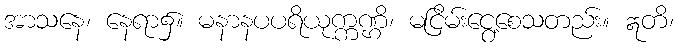
အာသနေ၊ နေရာ၌။ မနာနပပရိယုက္ကဏ္ဌိ၊ မငြိမ်းငွေ့စေသတည်း။ ဣတိ၊